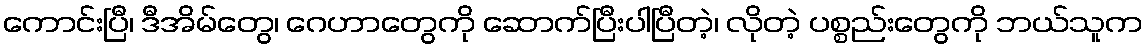
ကောင်းပြီ၊ ဒီအိမ်တွေ၊ ဂေဟာတွေကို ဆောက်ပြီးပါပြီတဲ့၊ လိုတဲ့ ပစ္စည်းတွေကို ဘယ်သူက